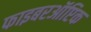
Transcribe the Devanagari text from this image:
फाइबरऑप्टिक